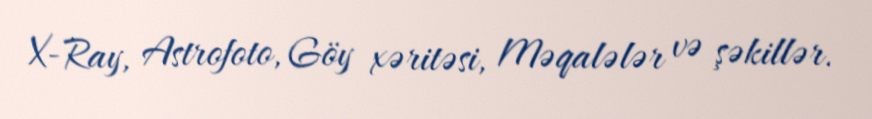
X-Ray, Astrofoto, Göy xəritəsi, Məqalələr və şəkillər.